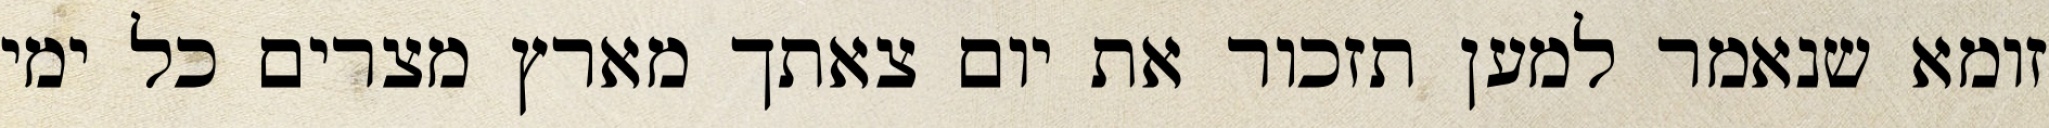
זומא שנאמר למען תזכור את יום צאתך מארץ מצרים כל ימי